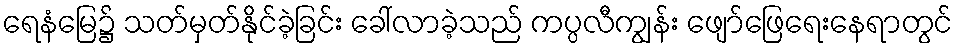
ရေနံမြေ၌ သတ်မှတ်နိုင်ခဲ့ခြင်း ခေါ်လာခဲ့သည် ကပ္ပလီကျွန်း ဖျော်ဖြေရေးနေရာတွင်